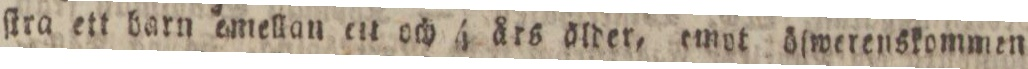
ſtra ett barn amellan ett och 4 års ölder, emot öſwerenskommen